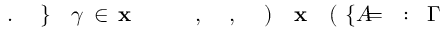
\! \! \! \! \! \! \! \! \! \! \! \Gamma \! \! \! \! \! \! \! \! \! \! \! \! : \! \! \! \! \! \! \! \! \! \! \! \! = \! \! \! \! \! \! \! \! \! \! \! \! \{ A \! \! \! \! \! \! \! \! \! \! \! \! ( \! \! \! \! \! \! \! \! \! \! \! \! \mathbf { x } \! \! \! \! \! \! \! \! \! \! \! \! ) \! \! \! \! \! \! \! \! \! \! \! \! , \! \! \! \! \! \! \! \! \! \! \! \! , \! \! \! \! \! \! \! \! \! \! \! \! \! \! \! \! \! \! \! \! \! \! \! \! \mathbf { x } \! \! \! \! \! \! \! \! \! \! \! \! \in \! \! \! \! \! \! \! \! \! \! \! \! \gamma \! \! \! \! \! \! \! \! \! \! \! \! \} \! \! \! \! \! \! \! \! \! \! \! \! . \! \! \! \! \! \! \! \! \! \! \!